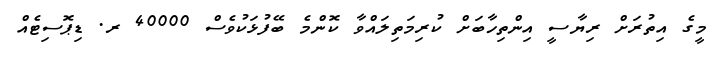
މީގެ އިތުރަށް ރިޔާސީ އިންތިހާބަށް ކުރިމަތިލައްވާ ކޮންމެ ބޭފުޅަކުވެސް 40000 ރ. ޑިޕޮސިޓެއް